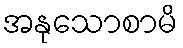
အနုသောစာမိ